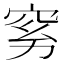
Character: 𰩉